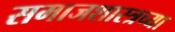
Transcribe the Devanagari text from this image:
समाजशास्त्रच्या